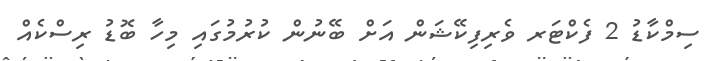
ސިމްކާޑު 2 ފެކްޓަރ ވެރިފިކޭޝަން އަށް ބޭނުން ކުރުމުގައި މިހާ ބޮޑު ރިސްކެއް